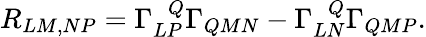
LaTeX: R_{LM,NP}=\Gamma_{LP}^{~~~Q}\Gamma_{QMN}-\Gamma_{LN}^{~~~Q}\Gamma_{QMP}.